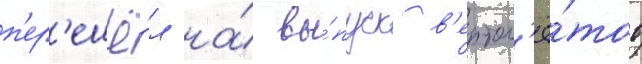
п'ер'ешё́л на́ вы́пуск в'ертол'ё́тов